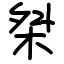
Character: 桀